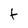
Character: f